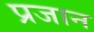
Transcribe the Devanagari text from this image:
प्रजान